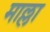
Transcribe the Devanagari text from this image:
माल्ला